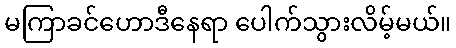
မကြာခင်ဟောဒီနေရာ ပေါက်သွားလိမ့်မယ်။